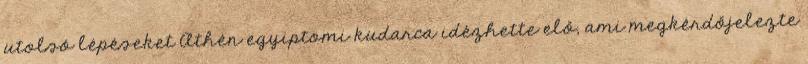
utolsó lépéseket Athén egyiptomi kudarca idézhette elő, ami megkérdőjelezte